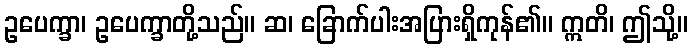
ဥပေက္ခာ၊ ဥပေက္ခာတို့သည်။ ဆ၊ ခြောက်ပါးအပြားရှိကုန်၏။ ဣတိ၊ ဤသို့။